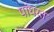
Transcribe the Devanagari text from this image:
पांघरत